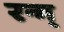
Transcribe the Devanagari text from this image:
रन्ग्